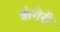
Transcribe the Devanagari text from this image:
ऋंगेरी